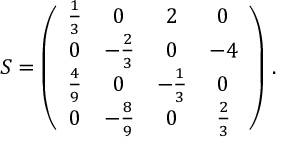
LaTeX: S = \left( \begin{array} { c c c c } { { \frac { 1 } { 3 } } } & { { 0 } } & { { 2 } } & { { 0 } } \\ { { 0 } } & { { - \frac { 2 } { 3 } } } & { { 0 } } & { { - 4 } } \\ { { \frac { 4 } { 9 } } } & { { 0 } } & { { - \frac { 1 } { 3 } } } & { { 0 } } \\ { { 0 } } & { { - \frac { 8 } { 9 } } } & { { 0 } } & { { \frac { 2 } { 3 } } } \end{array} \right) \, .